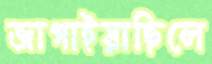
জাগাইয়াছিলে